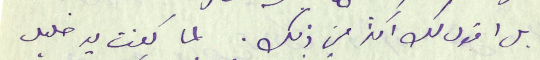
بل اقول لك اكثر من ذلك. لما كنت يد خليل